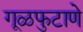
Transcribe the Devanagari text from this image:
गूळफुटाणे